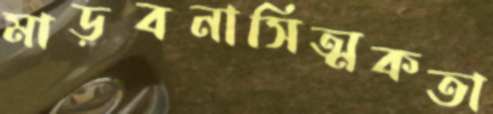
মাড়বনাসিত্মকতা